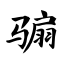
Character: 骟